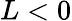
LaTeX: L<0